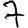
Digit: 7